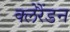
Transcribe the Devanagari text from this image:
क्लेरैंडन